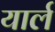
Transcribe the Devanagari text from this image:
यार्ल